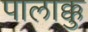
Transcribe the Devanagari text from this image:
पालाक्कु